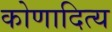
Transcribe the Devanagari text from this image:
कोणादित्य